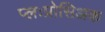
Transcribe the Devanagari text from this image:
प्लःप्रोसिअक